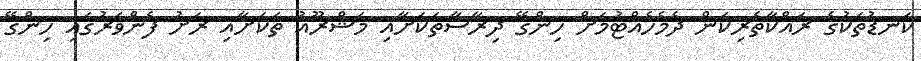
ކަނޑުތަކުގެ ރައްކާތެރިކަން ދެމެހެއްޓުމަށް ހިންގޭ ދިރާސާތަކަށާއި މަޝްރޫއު ތަކަށާއި ރަށު ފެންވަރުގައި ހިންގޭ